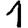
Digit: 1